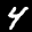
Label: 4